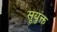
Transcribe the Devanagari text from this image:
सूयुक्त